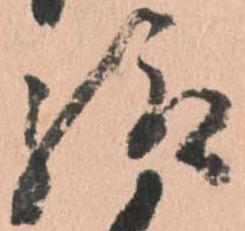
給